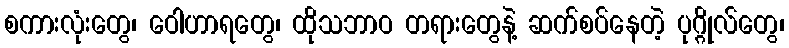
စကားလုံးတွေ၊ ဝေါဟာရတွေ၊ ထိုသဘာဝ တရားတွေနဲ့ ဆက်စပ်နေတဲ့ ပုဂ္ဂိုလ်တွေ၊